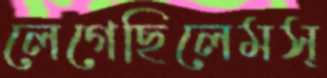
লেগেছিলেমস্